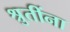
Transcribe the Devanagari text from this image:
श्रुतींना